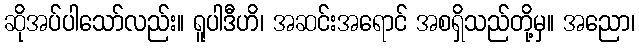
ဆိုအပ်ပါသော်လည်း။ ရူပါဒီဟိ၊ အဆင်းအရောင် အစရှိသည်တို့မှ။ အညော၊